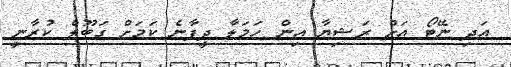
އަދި ނޭޓޯ އަށް ރަޝިޔާ އިން ހަމަލާ ދީފާނެ ކަމަށް ގަބޫލް ކުރާނީ